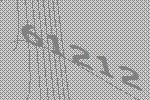
61212